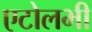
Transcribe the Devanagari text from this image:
एटोलभी